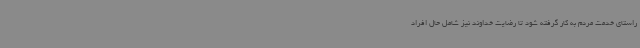
راستای خدمت مردم به کار گرفته شود تا رضایت خداوند نیز شامل حال افراد